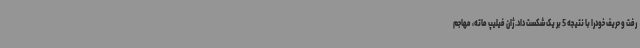
رفت و حریف خودرا با نتیجه 5 بر یک شکست داد. ژان فیلیپ ماته، مهاجم